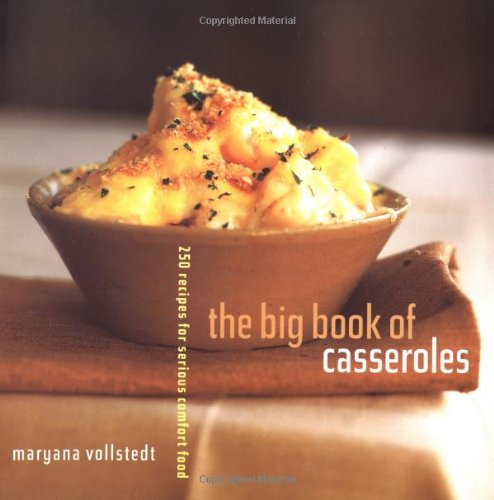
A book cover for The Big Book of Casseroles: 250 Recipes for Serious Comfort Food; Maryana Vollstedt; Cookbooks, Food & Wine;